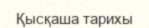
Қысқаша тарихы